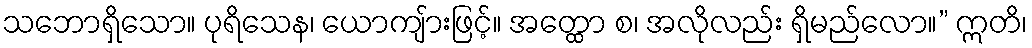
သဘောရှိသော။ ပုရိသေန၊ ယောကျ်ားဖြင့်။ အတ္ထော စ၊ အလိုလည်း ရှိမည်လော။” ဣတိ၊